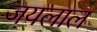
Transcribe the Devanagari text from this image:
जयलाल